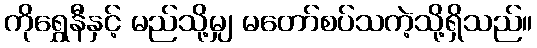
ကိုရွှေနီနှင့် မည်သို့မျှ မတော်စပ်သကဲ့သို့ရှိသည်။